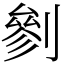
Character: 剼